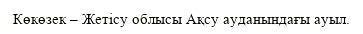
Көкөзек – Жетісу облысы Ақсу ауданындағы ауыл.